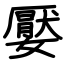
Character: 嬮